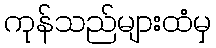
ကုန်သည်များထံမှ